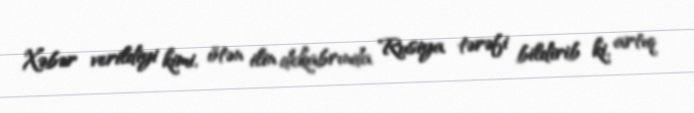
Xəbər verildiyi kimi, ötən ilin dekabrında Rusiya tərəfi bildirib ki, artıq